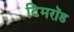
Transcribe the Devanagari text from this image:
टिमरॉड